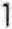
1